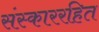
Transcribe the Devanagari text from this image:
संस्काररहित